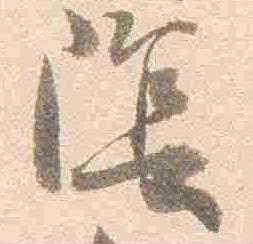
陰